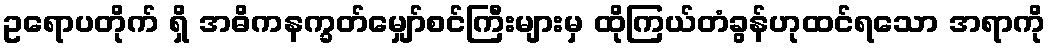
ဥရောပတိုက် ရှိ အဓိကနက္ခတ်မျှော်စင်ကြီးများမှ ထိုကြယ်တံခွန်ဟုထင်ရသော အရာကို